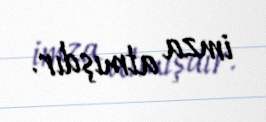
imza atmışdır.